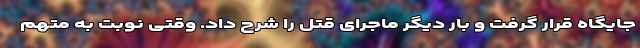
جایگاه قرار گرفت و بار دیگر ماجرای قتل را شرح داد. وقتی نوبت به متهم